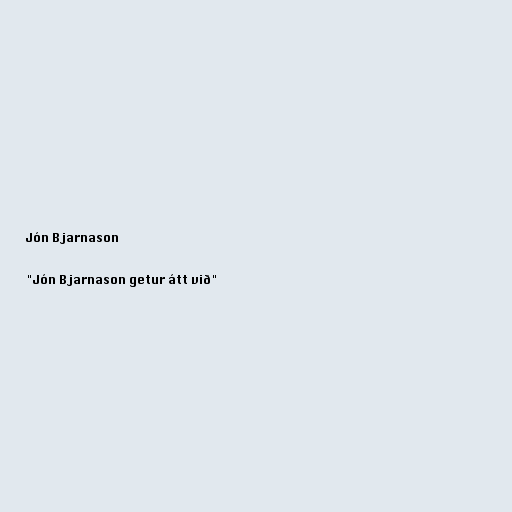
Jón Bjarnason

"Jón Bjarnason getur átt við"